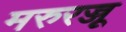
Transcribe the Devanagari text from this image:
मरुरज्जू